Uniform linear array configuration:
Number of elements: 16
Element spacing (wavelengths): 0.25
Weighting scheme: blackman
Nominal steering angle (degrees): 15
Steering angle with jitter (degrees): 16.142
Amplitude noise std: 0.05
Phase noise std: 0.05

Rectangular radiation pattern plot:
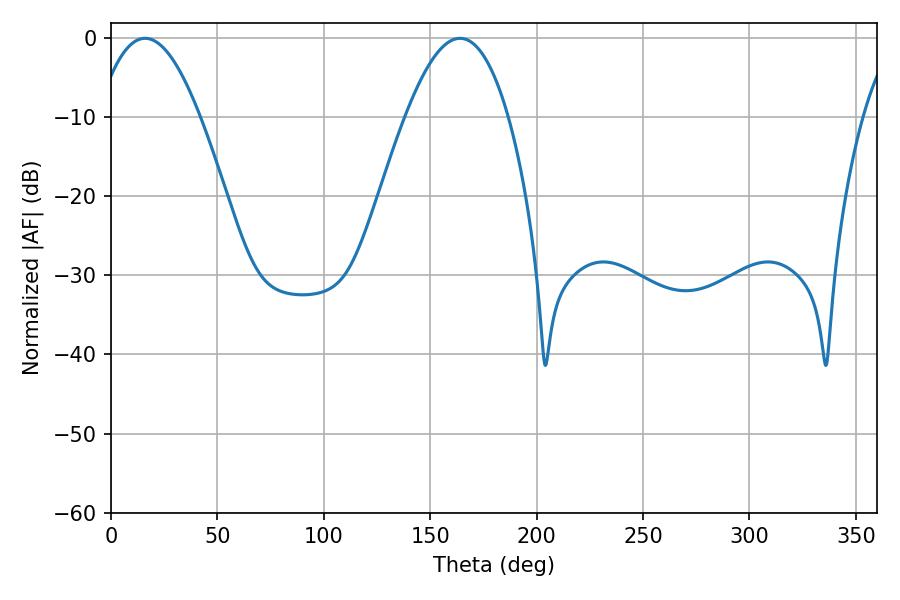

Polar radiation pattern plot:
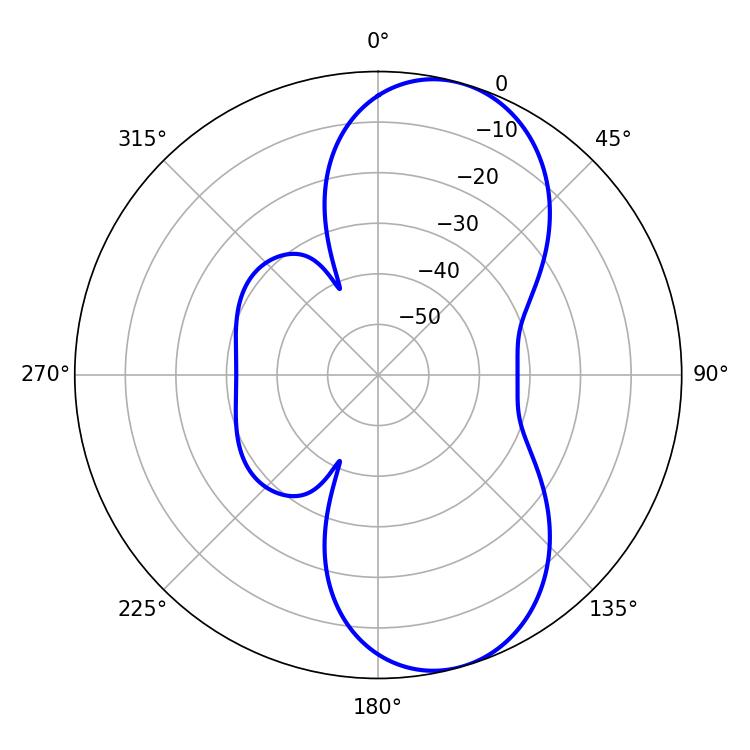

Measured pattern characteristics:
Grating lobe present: FALSE
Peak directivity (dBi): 8.455
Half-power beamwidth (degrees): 26.46
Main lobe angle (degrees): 16.02